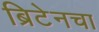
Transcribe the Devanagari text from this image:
ब्रिटेनचा